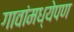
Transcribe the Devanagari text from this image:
गावांमध्येपण